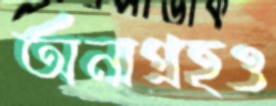
অনাগ্রহও